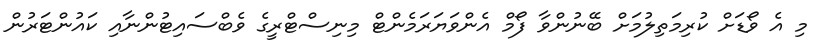
މި އެ ވޯޑަށް ކުރިމަތިލުމަށް ބޭނުންވާ ފޯމް އެންވަޔަރަމެންޓް މިނިސްޓްރީގެ ވެބްސައިޓުންނާއި ކައުންޓަރުން